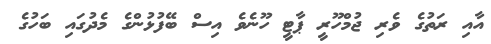
އާއި ރަތުގެ ވެރި ޖުމްހޫރީ ޕާޓީ ހޫނެވެ އިސް ބޭފުޅުންގެ މެދުގައި ބަހުގެ